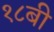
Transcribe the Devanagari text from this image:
१८बी